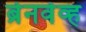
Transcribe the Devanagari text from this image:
ब्रेनवेव्ह